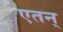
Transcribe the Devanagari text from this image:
एतन्‌